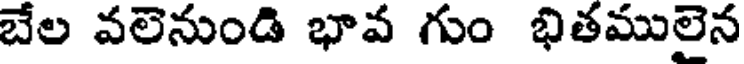
బేల వలెనుండి భావ గుం భితములైన